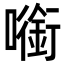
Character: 㘅